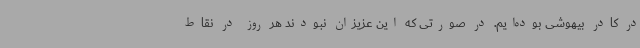
در کادر بیهوشی بوده‌ایم. در صورتی که این عزیزان نبودند هر روز در نقاط